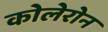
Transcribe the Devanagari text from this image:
कोलेरोन